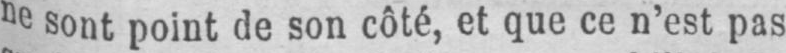
ne sont point de son côté, et que ce n’est pas